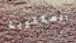
المكتوبة